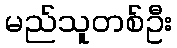
မည်သူတစ်ဦး